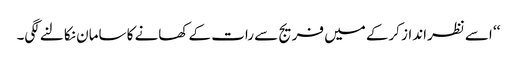
‘‘ اسے نظرانداز کرکے میں فریج سے رات کے کھانے کا سامان نکالنے لگی۔